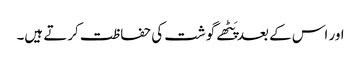
اور اس کے بعد پَٹھے گوشت کی حفاظت کرتے ہیں۔